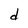
Character: d